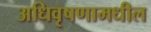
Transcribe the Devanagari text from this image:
अधिवृषणामधील